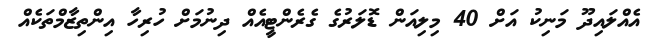
އެއްލައިދޫ މަނިކު އަށް 40 މިލިއަން ޑޮލަރުގެ ގެރެންޓީއެއް ދިނުމަށް ހުރިހާ އިންތިޒާމްތަކެއް